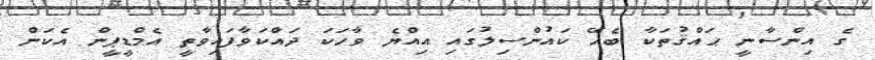
ގެ އިންސާނީ ޙައްޤުތަކާ ބެހޭ ކައުންސިލުގައި އިއްޔެ ވާހަކަ ދައްކަވާފައިވާތީ އެމްޑީޕީން އެކަން